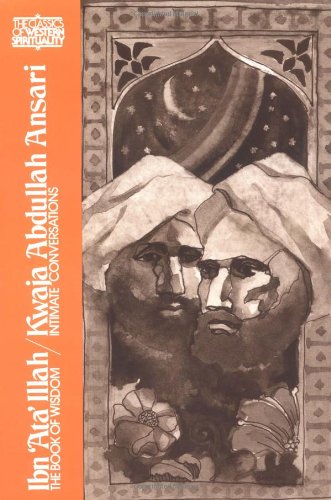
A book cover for The Book of Wisdom (Classics of Western Spirituality); Victor Danner; Religion & Spirituality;